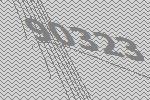
90323